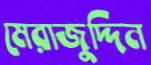
মেরাজুদ্দিন